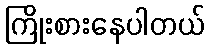
ကြိုးစားနေပါတယ်